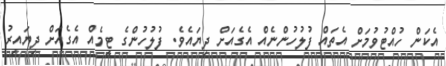
އެކަން ހުއްޓުވުމަށް އެތައް ފުލުހުންނެއް އެގެއަށް ދިޔައެވެ. ފުލުހުންގެ ޓީމެއް އެގެއަށް ދިޔައިރު